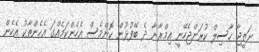
ނަތީޖާ ހާސިލް ކުރަންޖެހޭނީ އިމްރާނާ ދެ ބޭފުޅުން ކޮންމެސް އެހެންކަމެއްގަ އެހެންތާކު އެހެން